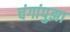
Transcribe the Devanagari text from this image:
चंगांपुझा